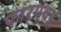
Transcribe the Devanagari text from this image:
फारएवर